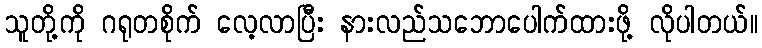
သူတို့ကို ဂရုတစိုက် လေ့လာပြီး နားလည်သဘောပေါက်ထားဖို့ လိုပါတယ်။